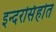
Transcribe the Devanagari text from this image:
इन्दरसिंहोत